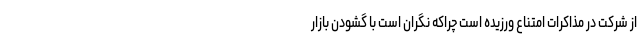
از شرکت در مذاکرات امتناع ورزیده است چراکه نگران است با گشودن بازار